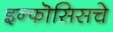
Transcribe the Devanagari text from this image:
इन्फॊसिसचे